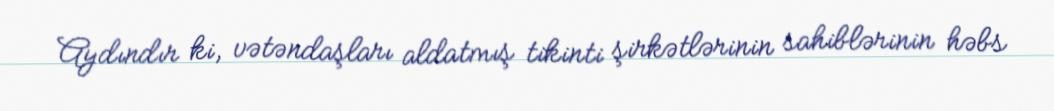
Aydındır ki, vətəndaşları aldatmış tikinti şirkətlərinin sahiblərinin həbs